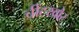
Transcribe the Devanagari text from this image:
चींटखोर